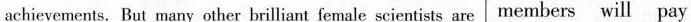
achievements. But many other brilliant female scientists are members will pay